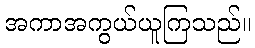
အကာအကွယ်ယူကြသည်။